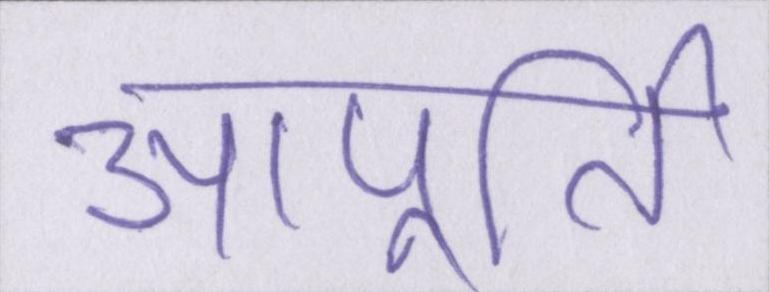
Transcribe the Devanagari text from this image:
आपूर्ति